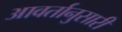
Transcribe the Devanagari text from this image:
आवर्तानुसारी